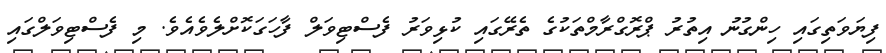
ފިޔަވަތިގައި ހިންގުނު އިތުރު ޕްރޮގްރާމްތަކުގެ ތެރޭގައި ކުޅިވަރު ފެސްޓިވަލް ފާހަގަކޮށްލެވެއެވެ. މި ފެސްޓިވަލްގައި